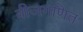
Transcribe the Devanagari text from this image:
बीजगणित